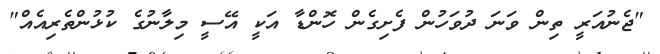
"ޖެނުއަރީ ތިން ވަނަ ދުވަހުން ފެށިގެން ހޮންޑާ އަކީ އޭސީ މިލާނުގެ ކުޅުންތެރިއެއް"